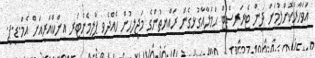
އަވަހާރަކޮށްލުމަށް ދިން ޓެރަރިސްޓް ޙަމަލާއާގުޅިގެން ރައްޔިތުންގެ މަޖިލީހުން ހެއްދެވި ޕާލިމެންޓަރީ އިންކްއަރީއަށް އެމް.ޑީ.ޕީ.